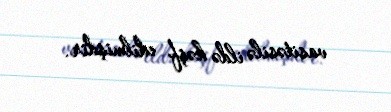
vasitəsilə ildə kəşf edilmişdir.